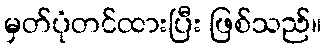
မှတ်ပုံတင်ထားပြီး ဖြစ်သည်။